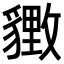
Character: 𬥋